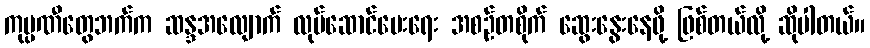
ကုမ္ပဏီတွေဘက်က ဆန္ဒအလျောက် လုပ်ဆောင်ပေးရေး အစဉ်တစိုက် ဆွေးနွေးနေဖို့ ဖြစ်တယ်လို့ ဆိုပါတယ်။